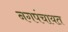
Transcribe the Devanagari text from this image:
नगपंचायत